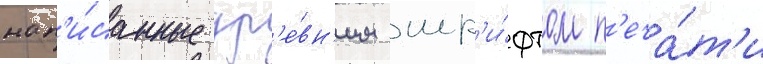
нап'и́санные др'е́вн'им шр'и́фтом п'еча́т'и